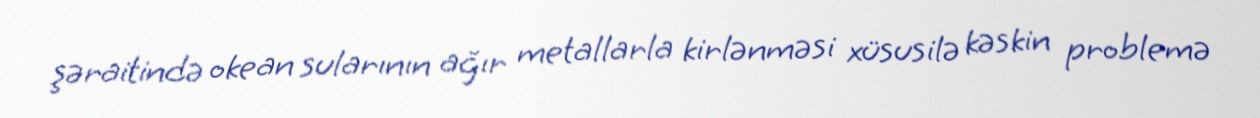
şəraitində okean sularının ağır metallarla kirlənməsi xüsusilə kəskin problemə